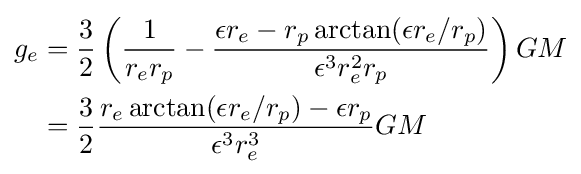
{\begin{aligned}g_{e}&={\frac {3}{2}}\left({\frac {1}{r_{e}r_{p}}}-{\frac {\epsilon r_{e}-r_{p}\arctan(\epsilon r_{e}/r_{p})}{\epsilon ^{3}r_{e}^{2}r_{p}}}\right)GM\\&={\frac {3}{2}}{\frac {r_{e}\arctan(\epsilon r_{e}/r_{p})-\epsilon r_{p}}{\epsilon ^{3}r_{e}^{3}}}GM\\\end{aligned}}